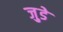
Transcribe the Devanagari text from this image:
जु़डे